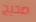
صحيح